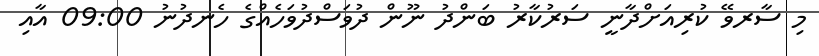
މި ސާރވޭ ކުރިއަށްދާނީ ސަރުކާރު ބަންދު ނޫން ދުވަސްދުވަހެއްގެ ހެނދުނު 09:00 އާއި